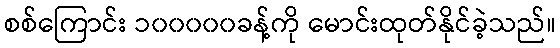
စစ်ကြောင်း ၁၀၀၀၀၀ခန့်ကို မောင်းထုတ်နိုင်ခဲ့သည်။